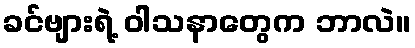
ခင်ဗျားရဲ့ ဝါသနာတွေက ဘာလဲ။